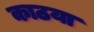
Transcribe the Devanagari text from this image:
काठया